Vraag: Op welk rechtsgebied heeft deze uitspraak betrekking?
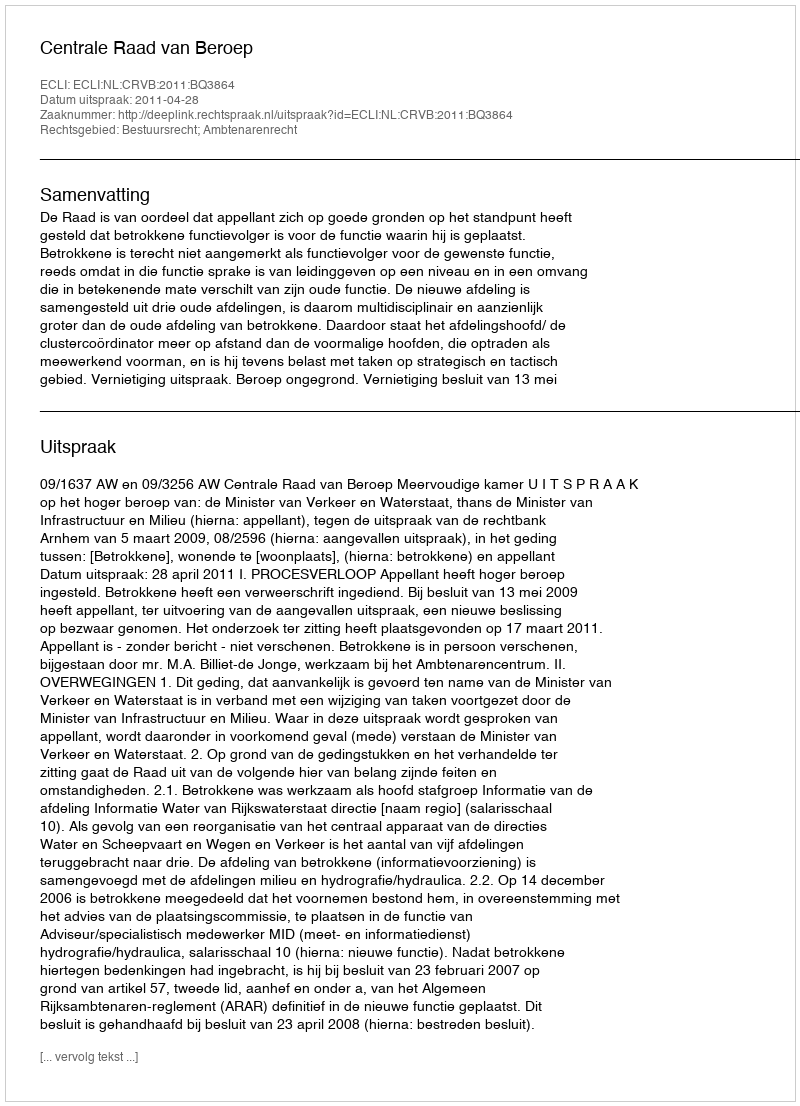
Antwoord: Bestuursrecht; Ambtenarenrecht